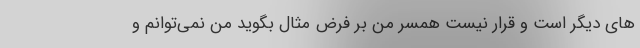
های دیگر است و قرار نیست همسر من بر فرض مثال بگوید من نمی‌توانم و